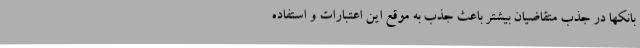
بانکها در جذب متقاضیان بیشتر باعث جذب به موقع این اعتبارات و استفاده